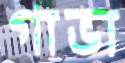
গাভা